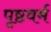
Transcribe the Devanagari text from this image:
पृष्ठवर्म